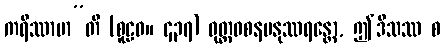
ကရိဿာမာ”တိ (စူဠဝ။ ၄၃၇) ဝုတ္တဝစနမနုဿရန္တော, ဤဒိသဿ စ